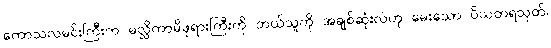
ကောသလမင်းကြီးက မလ္လိကာမိဖုရားကြီးကို ဘယ်သူကို အချစ်ဆုံးလဲဟု မေးသော ပိယတရသုတ်၊